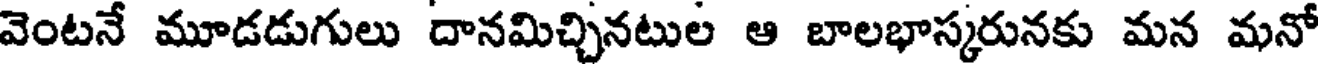
వెంటనే మూడడుగులు దానమిచ్చినటుల ఆ బాలభాస్కరునకు మన మనో